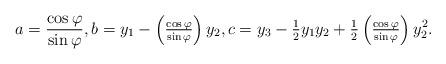
LaTeX: \begin{align*} a= \frac{\cos\varphi}{\sin \varphi},b = y_1 -\left(\tfrac{\cos\varphi}{\sin \varphi}\right) y_2,c = y_3-\tfrac{1}{2}y_1y_2 + \tfrac{1}{2} \left(\tfrac{\cos \varphi}{\sin \varphi}\right)y_2^2.\end{align*}